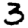
Digit: 3